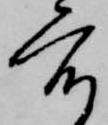
度